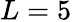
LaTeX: L=5